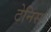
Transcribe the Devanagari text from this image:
टेनिस